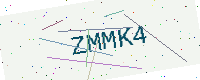
Text: ZMMK4